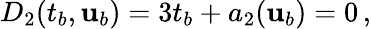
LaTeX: D_{2}(t_{b},{\mathbf{u}}_{b})=3t_{b}+a_{2}({\mathbf{u}}_{b})=0\, ,